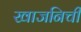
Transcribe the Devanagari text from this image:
खाजनिची